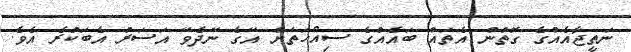
ނަތީޖާއެއްގެ ގޮތުން އެތައް ބައެއްގެ ސިއްހަތަށް އޭގެ ނޭދެވޭ އަސަރު އެބަކުރެ އެވެ.